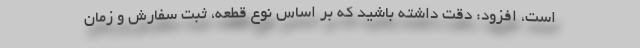
است، افزود: دقت داشته باشید که بر اساس نوع قطعه، ثبت سفارش و زمان